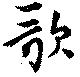
歌